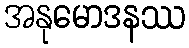
အနုမောဒနဿ